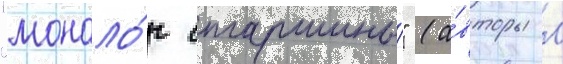
"моноло́г старшины́" (а́вторы л